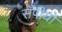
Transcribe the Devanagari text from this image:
सँपीयो